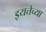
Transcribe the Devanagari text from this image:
इयत्तेच्या